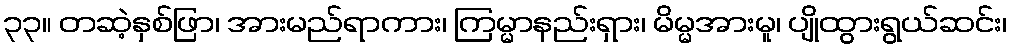
၃၃။ တဆဲ့နှစ်ဖြာ၊ အားမည်ရာကား၊ ကြမ္မာနည်းရှား၊ မိမ္မအားမူ၊ ပျိုထွားရွယ်ဆင်း၊